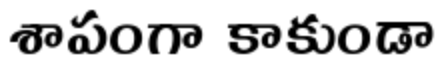
శాపంగా కాకుండా